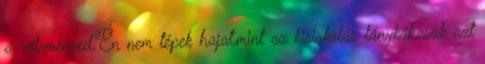
a véleményed.Én nem tépek hajat,mint az kisiskolás lánykák,csak azt